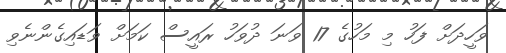
ވަހީދަށް ފަހު މި މަހުގެ 17 ވަނަ ދުވަހު ރައީސް ކަމަށް ވަޑައިގެންނެވި